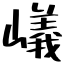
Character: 嶬